Bréfritari: Jóhannes Guðmundsson
Viðtakandi: Jón Borgfirðings Jónsson
Dagsetning: A-1865-05-17
Skrifað á: Gunnsteinsstöðum  A-Hún.

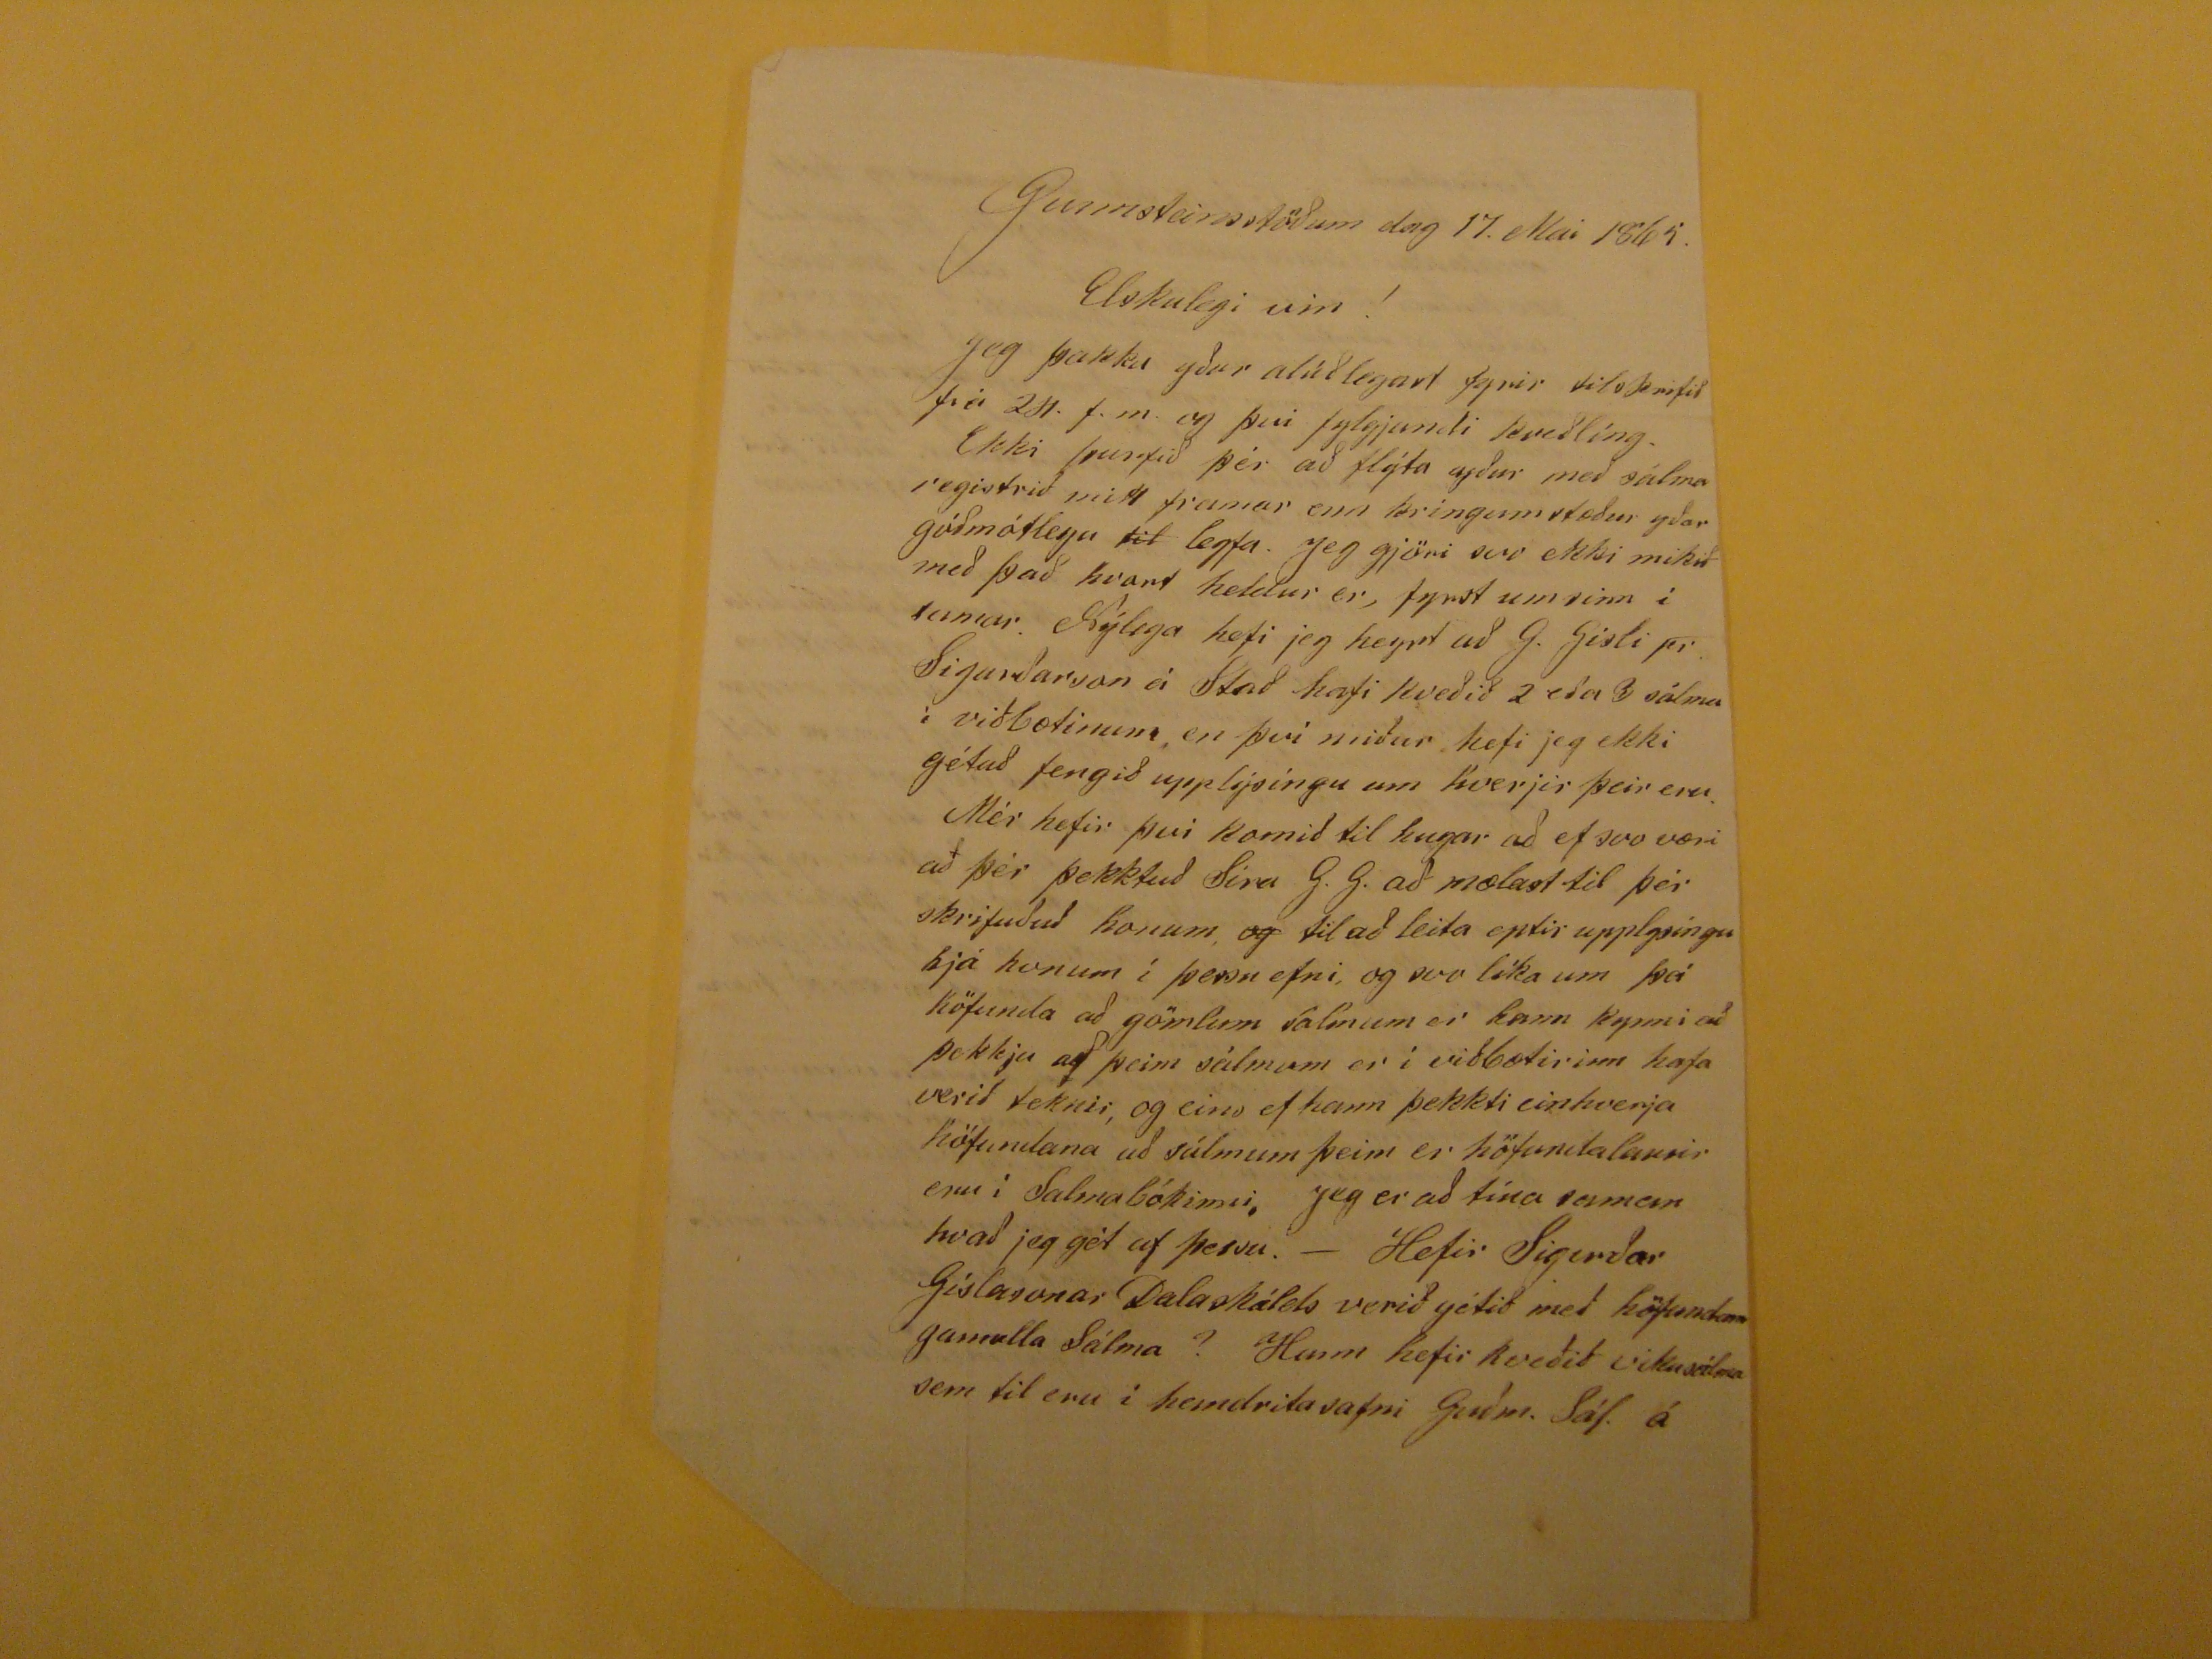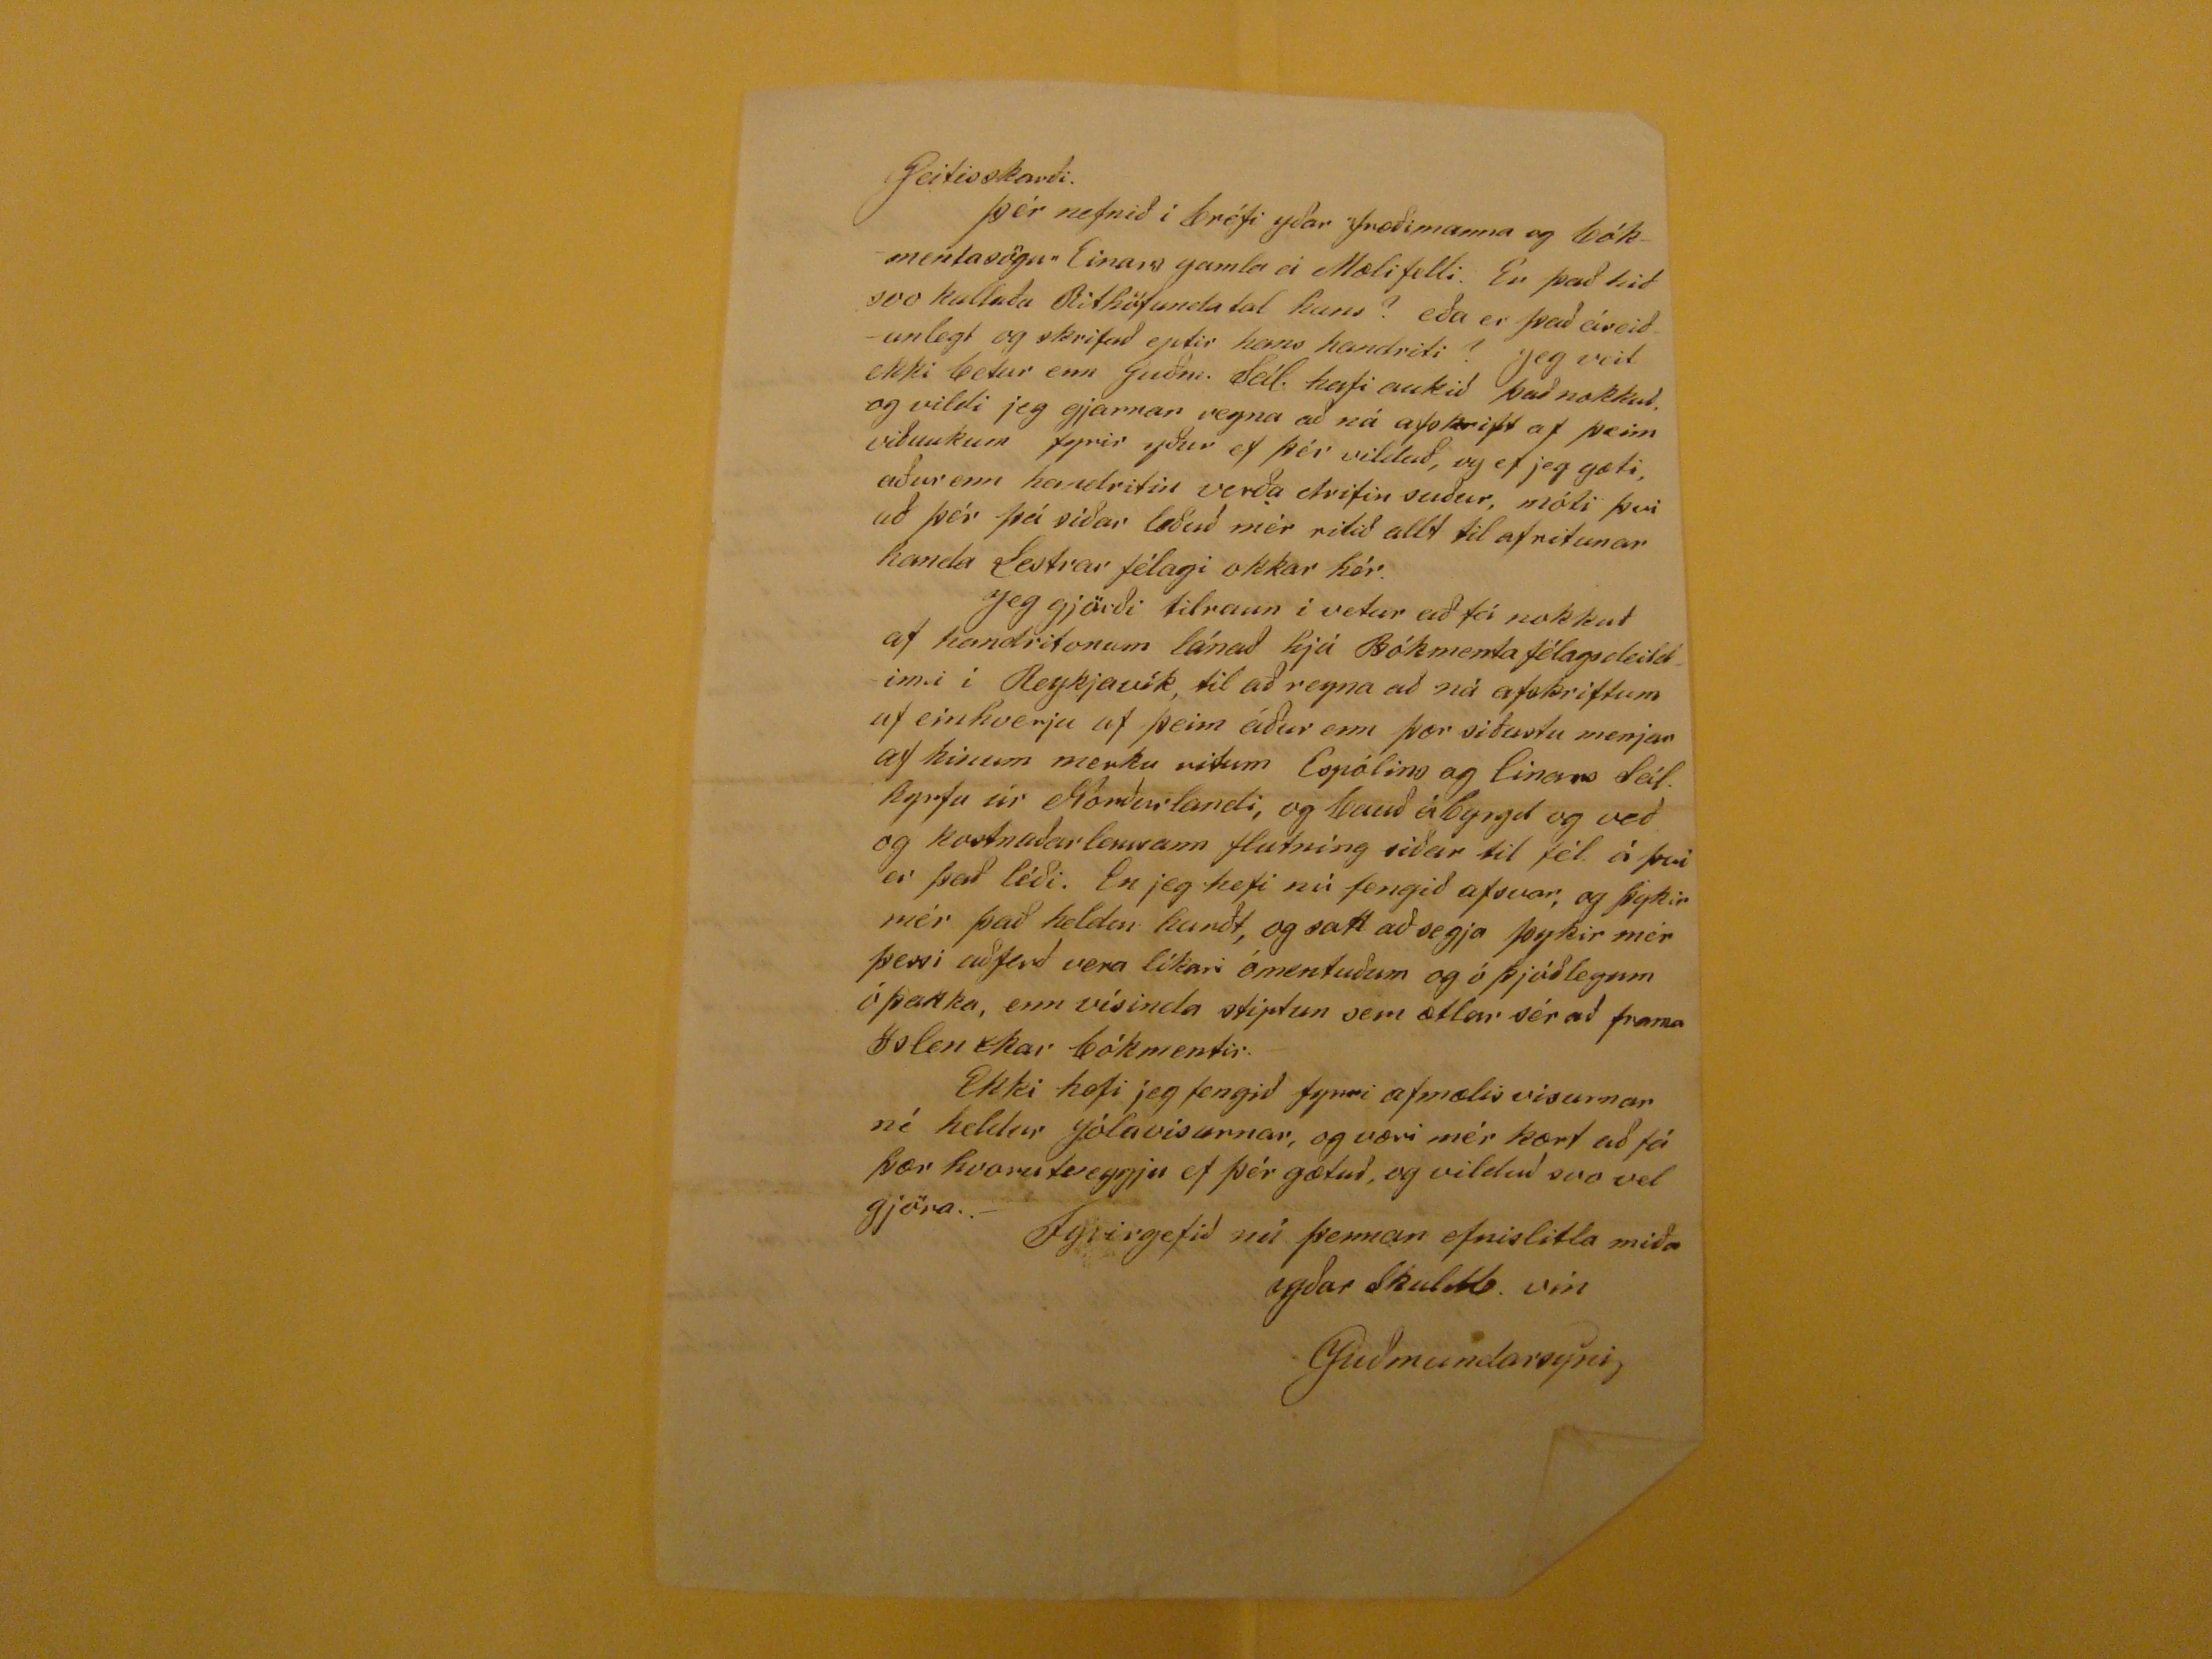

Gunnsteinsstöðum dag 17. Mai 1865.
Elskulegi vin!
Jeg þakka yður alúðlegast fyrir tilskrifið frá 24. f.m. og þvi fylgjandi kveðlíng. ekki þurfið þér að flýta yður með sálma registrið mitt framar enn kringumstæður yðar góðmótlegu
til
leyfa. Jeg gjöri svo ekki mikið með það hvort heldur er, fyrst um sinn í sumar. Nýlega hefi ejg heyrt að G. Gisli pr Sigurðarson á Stað hafi kveðið 2 eða 3 sálma í viðbætinum, en því miður hefi jeg ekki gétað fengið upplýsíngu um hverjir þeir eru. Mér hefir því komið til hugar að ef svo væri að þér þekktuð Síra G. G. að mælast til þér skrifuðuð honum,
og
til að leita eptir upplysingu hjá honum í þessu efni, og svo líka um þá höfunda að gömlum salmum er hann kynni að þekkja af þeim sálmum er í viðbætirinn hafa verið teknir, og eins ef hann þekkti einvherja höfundana að sálmum þeim er höfundalausir eru í Salmabókinni. Jeg er að tína saman hvað jeg gét af þessu.- Hefir Sigurðar Gíslasonar Dalaskálds verið gétið með höfundum gamalla Sálma? Hann hefi rkveðið vikusálma sem til eru í handritasafni Guðm. Sál. á
Geitisskarði. Þér nefnið í bréfi yðar "fræðimanna og bókmentasögu" Einars gamla á Mælifelli. En það hið svo kallaða Rithöfunda tal hans? eða er það áreiðanlegt og skrifað eptir hans handriti? Jeg veit ekki betur enn Guðm. Sál. hafi aukið það nokkuð. og vildi jeg gjarnan reyna að ná afskrift af þeim viðaukum fyrir yðuar ef þér vilduð, og ef jeg gæti, aður enn handritin verða drifin suður, móti því að þér þá síðar
leðuð
mér ritið allt til afritunar handa Lestrar félagi okkar hér. Jeg gjörði tilraun í vetur að fá nokkuð af handritonum lánað hjá Bókmentafélagsdeildinni í Reykjavík, til að reyna að ná afskriftum af einhverju af þeim áður enn þær siðustu menjar af hinum merku ritum Espólins og Einars Sál. hyrfu úr Norðurlandi, og bauð ábyrgd og veð og kostnaðarlausann flutning siðar til fél. á þvi er það léði. En jeg hefi nú fengið afsvar, og þykir mér það heldur harðt, og satt að segja þykir mér þessi aðferð vera líkari ómentuðum og óþjóðlegum óþokka, enn vísinda stiptun sem ætlar sér að frama
Islenskar
bókmentir. Ekki hefi jeg fengið fyrri afmælis visurnar né heldur Jólavisurnar, og væri mér kært að fá þær hvorutveggju ef þér gætuð, og vilduð svo vel gjöra.-
Fyrirgefið nú þennan efnislitla miða yðar Skuldb. vin
JGuðmundarsyni